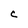
Character: C